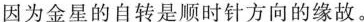
因为金星的自转是顺时针方向的缘故。